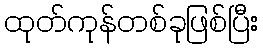
ထုတ်ကုန်တစ်ခုဖြစ်ပြီး